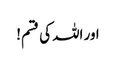
اور اللہ کی قسم!